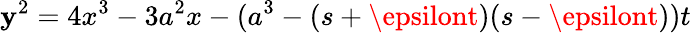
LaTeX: \mathbf{y}^{2}=4x^{3}-3a^{2}x-(a^{3}-(s+\epsilont)(s-\epsilont))t